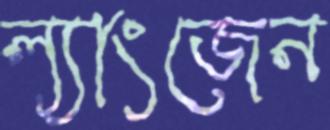
ল্যাংজেন